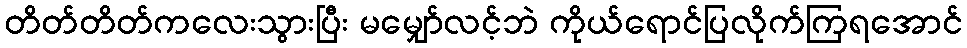
တိတ်တိတ်ကလေးသွားပြီး မမျှော်လင့်ဘဲ ကိုယ်ရောင်ပြလိုက်ကြရအောင်